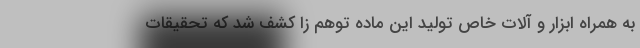
به همراه ابزار و آلات خاص تولید این ماده توهم زا کشف شد که تحقیقات